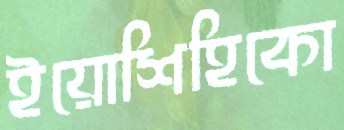
ইয়োশিহিকো